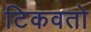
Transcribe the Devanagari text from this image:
टिकवतो